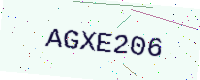
Text: AGXE206